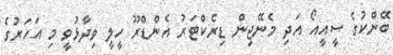
ބޭންކުގެ ސީއީއޯ އަދި މެނޭޖިން ޑިރެކްޓަރު އެންޑްރޫ ހީލީ ވިދާޅުވީ މި އަހަރުގެ